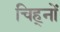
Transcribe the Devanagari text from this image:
चिह्‍नों